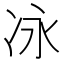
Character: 𫥆